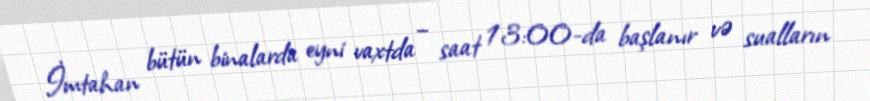
İmtahan bütün binalarda eyni vaxtda – saat 13:00-da başlanır və sualların